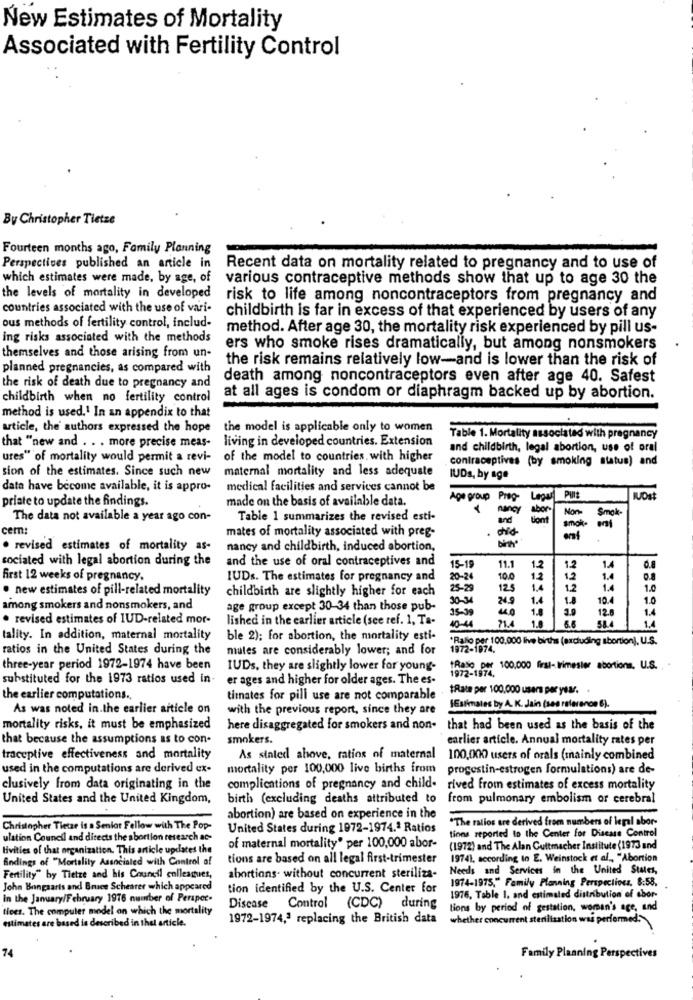
New Estimates of Mortality
Associated with Fertility Control
By Christopher Tietze
Fourteen months ago, Family Planning
Perspectives published an article in
Recent data on mortality related to pregnancy and to use of
which estimates were made, by age, of
various contraceptive methods show that up to age 30 the
the levels of mortality in developed
risk to life among noncontraceptors from pregnancy and
countries associated with the use of vari-
childbirth is far in excess of that experienced by users of any
ous methods of fertility control, includ-
method. After age 30, the mortality risk experienced by pill us-
ing risks associated with the methods
ers who smoke rises dramatically, but among nonsmokers
themselves and those arising from un-
the risk remains relatively low-and is lower than the risk of
planned pregnancies, as compared with
death among noncontraceptors even after age 40. Safest
the risk of death due to pregnancy and
childbirth when no fertility control
at all ages is condom or diaphragm backed up by abortion.
method is used.1 In an appendix to that
article, the authors expressed the hope
the model is applicable only to women
living in developed countries. Extension
Table 1. Mortality associated with pregnancy
that "new and . . . more precise meas-
and childbirth, legal abortion, use of oral
ures" of mortality would permit a revi-
of the model to countries with higher
contraceptives (by smoking status) and
sion of the estimates. Since such new
maternal mortality and less adequate
IUDs, by age
data have become available, it is appro-
medical facilities and services cannot be
priate to update the findings.
made on the basis of available data.
Age group
IUOst
nancy
Non-
The data not available a year ago con-
Table 1 summarizes the revised esti-
and
cem:
mates of mortality associated with preg-
.
amok-
· revised estimates of mortality as-
nancy and childbirth, induced abortion,
sociated with legal abortion during the
and the use of oral contraceptives and
15-19
11.1
1.2
1.2
1.4
first 12 weeks of pregnancy,
IUDs. The estimates for pregnancy and
20-24
10.0
12
12
1.4
0.8
· new estimates of pill-related mortality
childbirth are slightly higher for each
25-29
125
1.2
1.4
1.0
30-34
24.9
1.4
1.8
10.4
1.0
among smokers and nonsmokers, and
age group except 30-34 than those pub-
35-39
1.8
3.9
1.4
· revised estimates of 1UD-related mor-
lished in the earlier article (see ref. 1, Ta-
71.4
1.8
12.0
40-44
tality. In addition, maternal mortality
ble 2); for abortion, the mortality esti-
*Rako per 100,000 live births (excluding abortion), U.S.
ratios in the United States during the
mules are considerably lower; and for
1972-1974.
three-year period 1972-1974 have been
IUDs, they are slightly lower for young-
Raso per 100,000 first- trimester abortions, U.S. .
1972-1974.
substituted for the 1973 ratios used in-
er ages and higher for older ages. The es.
#Rate per 100.000 users per year. .
the earlier computations .,
timates for pill use are not comparable
As was noted in.the earlier article on
with the previous report, since they are
[Estimates by A. K. Jain (ses referenon 6).
mortality risks, it must be emphasized
here disaggregated for smokers and non- that had been used as the basis of the
that because the assumptions as to con-
smokers.
carlier article. Annual mortality rates per
traceptive effectiveness and mortality
As stated above, ratios of maternal
100,000 users of orals (mainly combined
used in the computations are derived ex-
mortality per 100,000 live births from
progestin-estrogen formulations) are de-
clusively from data originating in the
complications of pregnancy and child- rived from estimates of excess mortality
United States and the United Kingdom,
birth (excluding deaths attributed to
from pulmonary embolism or cerebral
abortion) are based on experience in the
"The ralios are derived from numbers of legal abor-
Christopher Tietze is a Senior Fellow with The Pop-
United States during 1972-1974.ª Ratios
tions reported to the Center for Disease Control
ulation Council and directs the sbortion research ac-
tivities of that organization. This article updates the
of maternal mortality" per 100,000 abor-
(1972) and The Alan Guttmacher Institute (1973 and
Sindings of "Mortelily Associated with Control of
tions are based on all legal first-trimester
19741, according to E. Weinstock et al ., "Abortion
Needs and Services in the United States,
Fertility" by Tietze and his Council colleagues,
abortions. without concurrent steriliza-
1974-1975," Family Planning Perspectives, 8:58.
John Bangsarts and Bruce Scheater which appeared
tion identified by the U.S. Center for
In the January/February 1976 number of Perspec-
1976, Table 1, and estimated distribution of ebor-
tices. The computer model on which the mortality
Disease Control (CDC) during
tions by period of gestation, woman's age, and
1972-1974,ª replacing the British data
whether concurrent sterilization was performed.
estimates are based is described in thal article.
74
Family Planning Perspectives